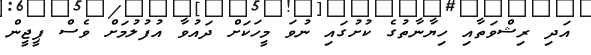
އަދި ރިޝްވަތާއި ހިޔާނާތުގެ ކުށުގައި ނުވަ މީހަކަށް ދައުވާ އުފުލުމަށް ވެސް ޕީޖީން